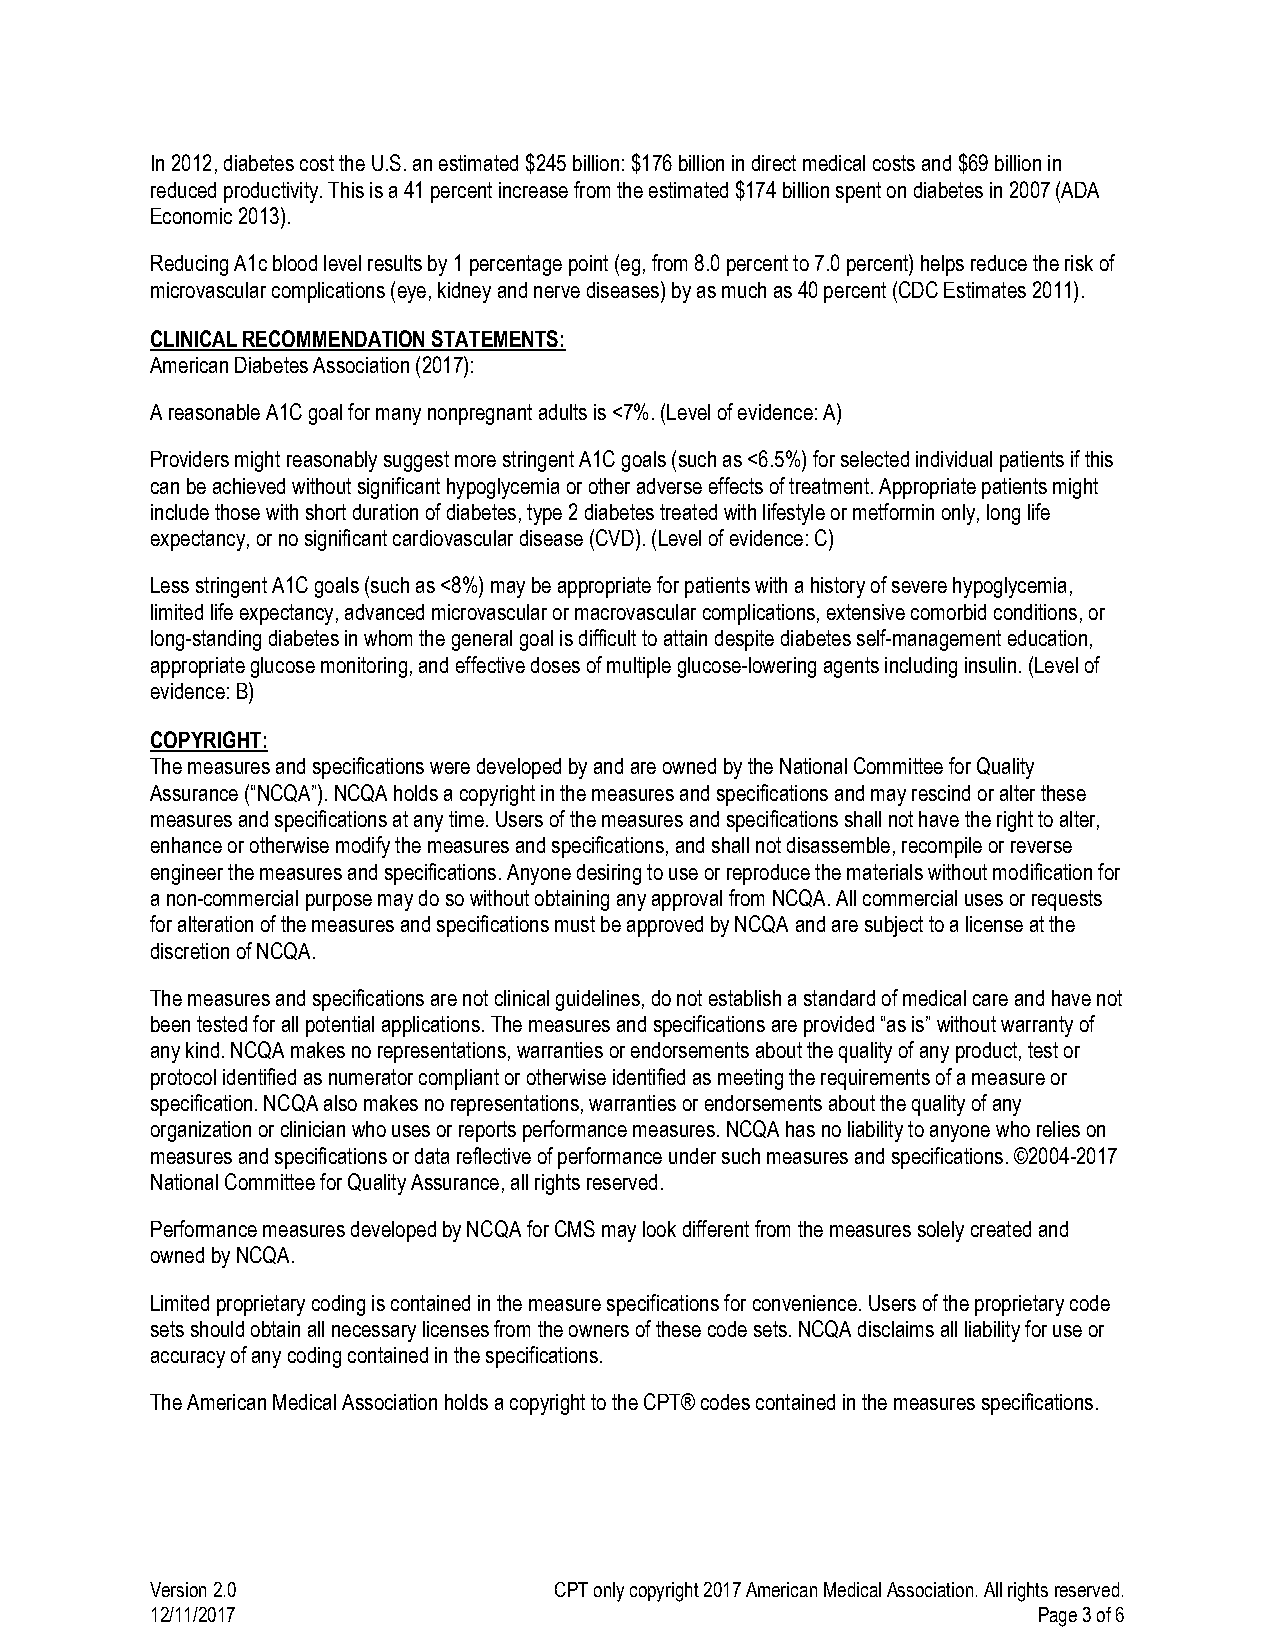
In 2012, diabetes cost the U.S. an estimated $245 billion: $176 billion in direct medical costs and $69 billion in
 reduced productivity. This is a 41 percent increase from the estimated $174 billion spent on diabetes in 2007 (ADA
 Economic 2013).
 Reducing A1c blood level results by 1 percentage point (eg, from 8.0 percent to 7.0 percent) helps reduce the risk of
 microvascular complications (eye, kidney and nerve diseases) by as much as 40 percent (CDC Estimates 2011).
 CLINICAL RECOMMENDATION STATEMENTS:
 American Diabetes Association (2017):
 A reasonable A1C goal for many nonpregnant adults is <7%. (Level of evidence: A)
 Providers might reasonably suggest more stringent A1C goals (such as <6.5%) for selected individual patients if this
 can be achieved without significant hypoglycemia or other adverse effects of treatment. Appropriate patients might
 include those with short duration of diabetes, type 2 diabetes treated with lifestyle or metformin only, long life
 expectancy, or no significant cardiovascular disease (CVD). (Level of evidence: C)
 Less stringent A1C goals (such as <8%) may be appropriate for patients with a history of severe hypoglycemia,
 limited life expectancy, advanced microvascular or macrovascular complications, extensive comorbid conditions, or
 long-standing diabetes in whom the general goal is difficult to attain despite diabetes self-management education,
 appropriate glucose monitoring, and effective doses of multiple glucose-lowering agents including insulin. (Level of
 evidence: B)
 COPYRIGHT:
 The measures and specifications were developed by and are owned by the National Committee for Quality
 Assurance (“NCQA”). NCQA holds a copyright in the measures and specifications and may rescind or alter these
 measures and specifications at any time. Users of the measures and specifications shall not have the right to alter,
 enhance or otherwise modify the measures and specifications, and shall not disassemble, recompile or reverse
 engineer the measures and specifications. Anyone desiring to use or reproduce the materials without modification for
 a non-commercial purpose may do so without obtaining any approval from NCQA. All commercial uses or requests
 for alteration of the measures and specifications must be approved by NCQA and are subject to a license at the
 discretion of NCQA.
 The measures and specifications are not clinical guidelines, do not establish a standard of medical care and have not
 been tested for all potential applications. The measures and specifications are provided “as is” without warranty of
 any kind. NCQA makes no representations, warranties or endorsements about the quality of any product, test or
 protocol identified as numerator compliant or otherwise identified as meeting the requirements of a measure or
 specification. NCQA also makes no representations, warranties or endorsements about the quality of any
 organization or clinician who uses or reports performance measures. NCQA has no liability to anyone who relies on
 measures and specifications or data reflective of performance under such measures and specifications. ©2004-2017
 National Committee for Quality Assurance, all rights reserved.
 Performance measures developed by NCQA for CMS may look different from the measures solely created and
 owned by NCQA.
 Limited proprietary coding is contained in the measure specifications for convenience. Users of the proprietary code
 sets should obtain all necessary licenses from the owners of these code sets. NCQA disclaims all liability for use or
 accuracy of any coding contained in the specifications.
 The American Medical Association holds a copyright to the CPT® codes contained in the measures specifications.
 Version 2.0                CPT only copyright 2017 American Medical Association. All rights reserved.
 12/11/2017                                                 Page 3 of 6